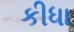
કીધા